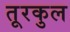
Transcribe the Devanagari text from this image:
तूरकुल